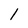
Character: 1